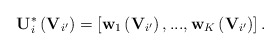
\begin{align*}\mathbf{U}_{i}^{*}\left(\mathbf{V}_{i'}\right)=\left[\mathbf{w}_{1}\left(\mathbf{V}_{i'}\right),...,\mathbf{w}_{K}\left(\mathbf{V}_{i'}\right)\right].\end{align*}